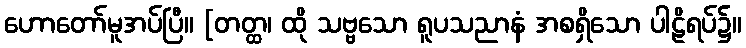
ဟောတော်မူအပ်ပြီ။ [တတ္ထ၊ ထို သဗ္ဗသော ရူပသညာနံ အစရှိသော ပါဠိရပ်၌။